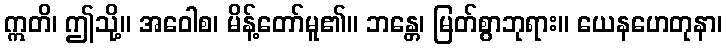
ဣတိ၊ ဤသို့။ အဝေါစ၊ မိန့်တော်မူ၏။ ဘန္တေ၊ မြတ်စွာဘုရား။ ယေနဟေတုနာ၊